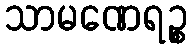
သာမဏေရဉ္စ